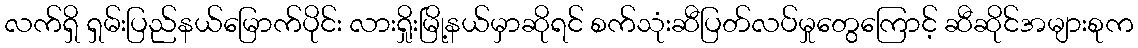
လက်ရှိ ရှမ်းပြည်နယ်မြောက်ပိုင်း လားရှိုးမြို့နယ်မှာဆိုရင် စက်သုံးဆီပြတ်လပ်မှုတွေကြောင့် ဆီဆိုင်အများစုက